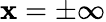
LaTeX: \mathbf{x}=\pm\infty